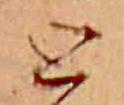
と